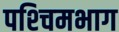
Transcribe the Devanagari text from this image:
पश्‍चिमभाग